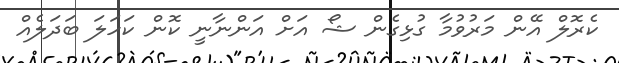
ކެރޮލް އޭން މަރުވުމާ ގުޅިގެން ޝޯ އަށް އަންނާނީ ކޮން ކަހަލަ ބަދަލެއް